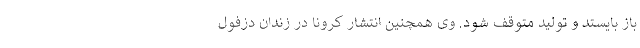
باز بایستد و تولید متوقف شود. وی همچنین انتشار کرونا در زندان دزفول